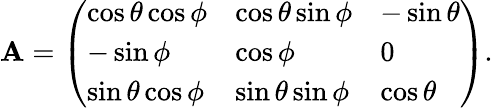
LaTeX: {\mathbf A}=\left(\begin{array}{lll}{\cos\theta\cos\phi}&{\cos\theta\sin\phi}&{-\sin\theta}\\ {-\sin\phi}&{\cos\phi}&{0}\\ {\sin\theta\cos\phi}&{\sin\theta\sin\phi}&{\cos\theta}\end{array}\right).